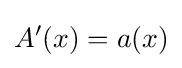
A'(x)=a(x)